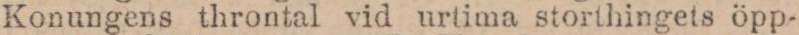
Konungens throntal vid urtima storthingets öpp-